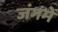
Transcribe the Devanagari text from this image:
जंगमें